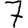
Digit: 7